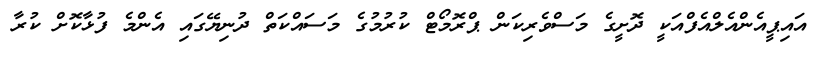
އައިޕީއެންއެލްއެފްއަކީ ދޮށީގެ މަސްވެރިކަން ޕްރޮމޯޓް ކުރުމުގެ މަސައްކަތް ދުނިޔޭގައި އެންމެ ފުޅާކޮށް ކުރާ